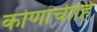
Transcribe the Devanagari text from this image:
कोणाचीहि